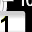
Digit: 1